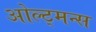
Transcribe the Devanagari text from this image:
ओल्ट्मन्स